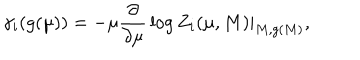
\gamma _ { i } ( g ( \mu ) ) = - \mu { \frac { \partial } { \partial \mu } } \log Z _ { i } ( \mu , M ) | _ { M , g ( M ) } ,